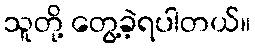
သူတို့ တွေ့ခဲ့ရပါတယ်။